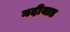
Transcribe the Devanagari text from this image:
नदीयाड